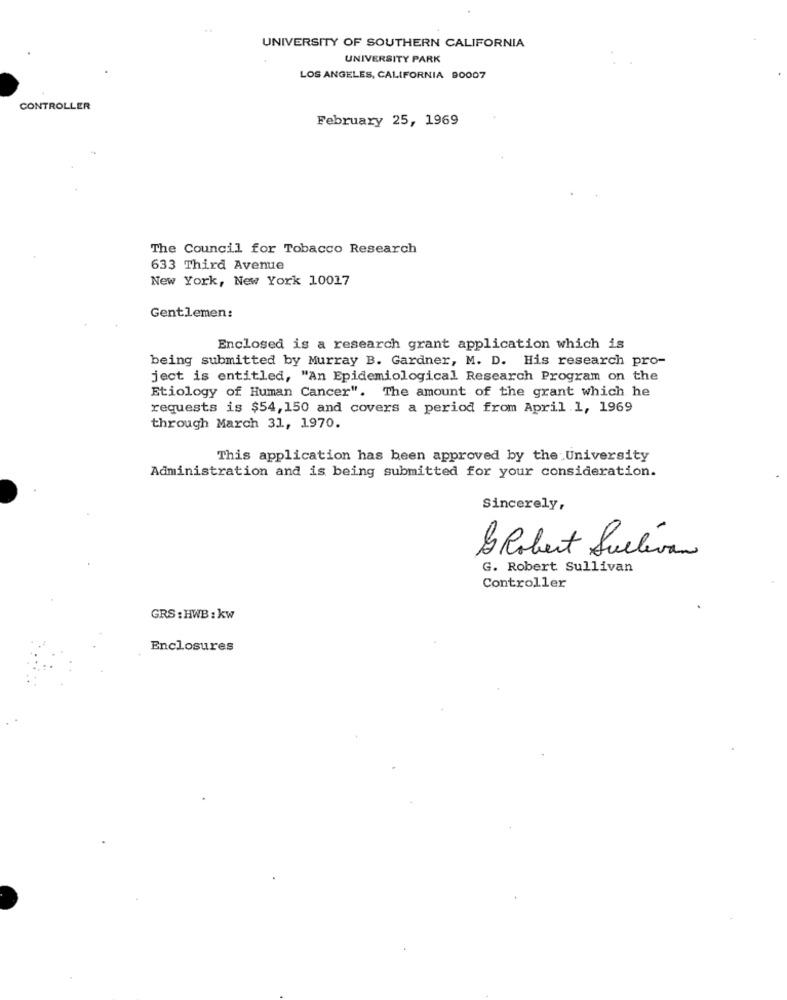
UNIVERSITY OF SOUTHERN CALIFORNIA
UNIVERSITY PARK
LOS ANGELES, CALIFORNIA 90007
CONTROLLER
February 25, 1969
The Council for Tobacco Research
633 Third Avenue
New York, New York 10017
Gentlemen:
Enclosed is a research grant application which is
being submitted by Murray B. Gardner, M. D. His research pro-
ject is entitled, "An Epidemiological Research Program on the
Etiology of Human Cancer". The amount of the grant which he
requests is $54,150 and covers a period from April 1, 1969
through March 31, 1970.
This application has been approved by the University
Administration and is being submitted for your consideration.
Sincerely,
2 Robert Sullivan
G. Robert Sullivan
Controller
GRS : HWB : kw
Enclosures